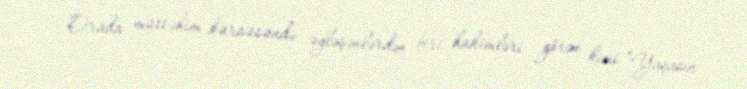
Orada müttəhim kürsüsündə əyləşənlərdən biri hakimləri görən kimi “Yaşasın